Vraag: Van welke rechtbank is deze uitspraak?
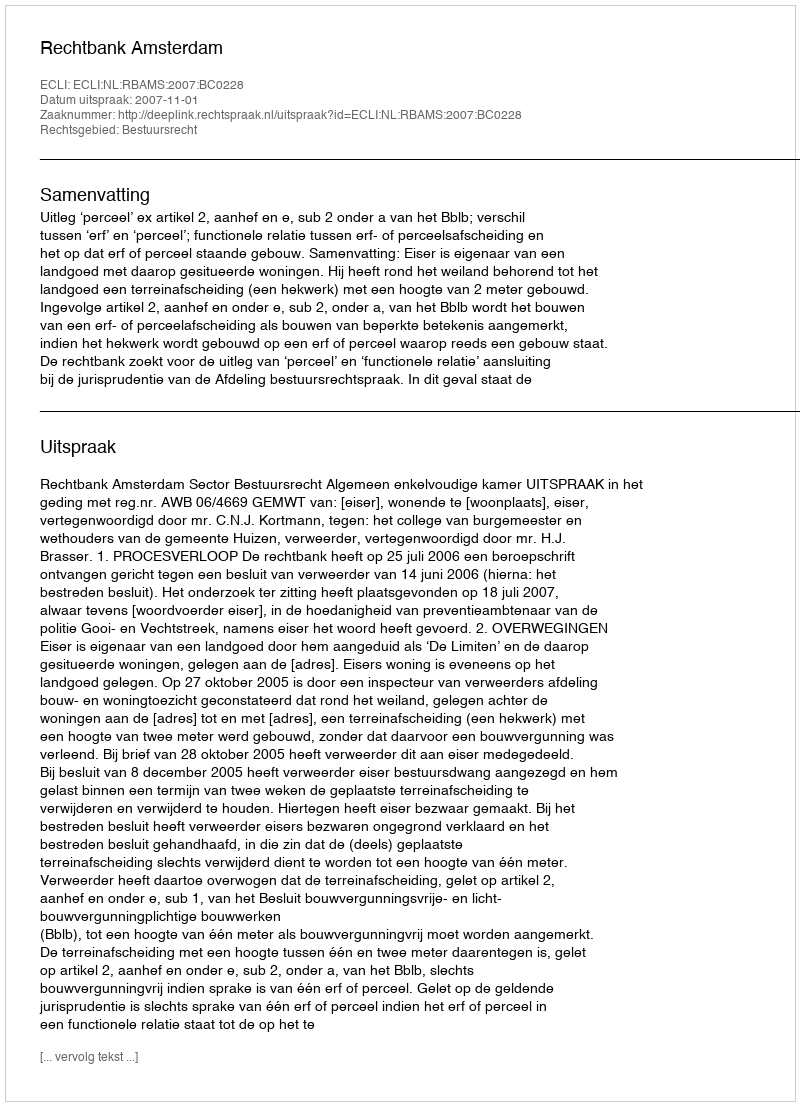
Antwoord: Rechtbank Amsterdam